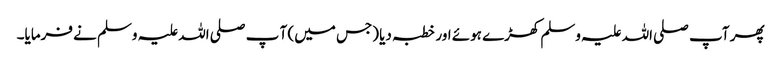
پھر آپ صلی اللہ علیہ وسلم کھڑے ہوئے اور خطبہ دیا (جس میں) آ پ صلی اللہ علیہ وسلم نے فرمایا۔